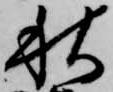
秋